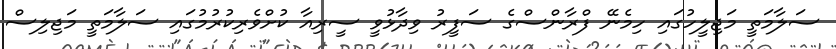
ސަލާމަތީ މަޖިލީހުގައި ހިމެނޭ ފްރާންސްގެ ސަފީރު ވިދާޅުވީ ސީރިއާ ކުށްވެރިކުރުމުގައި ސަލާމަތީ މަޖިލިސް